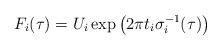
\begin{align*}F_{i}(\tau) = U_{i}\exp \left(2\pi t_{i}\sigma^{-1}_{i}(\tau)\right)\end{align*}